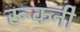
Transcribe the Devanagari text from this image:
रूकनी